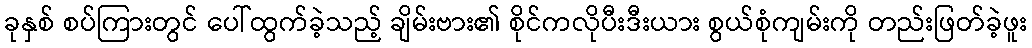
ခုနှစ် စပ်ကြားတွင် ပေါ်ထွက်ခဲ့သည့် ချိမ်းဗား၏ စိုင်ကလိုပီးဒီးယား စွယ်စုံကျမ်းကို တည်းဖြတ်ခဲ့ဖူး